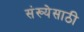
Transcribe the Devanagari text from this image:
संख्‍येसाठी